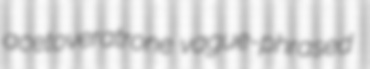
acetoveratrone vague-phrased